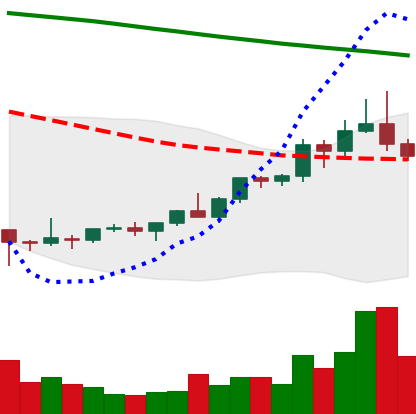
Ticker: ETC-USD
Chart end date: 2022-02-12
Forward return: -7.074%
Label: down_7plus